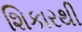
શિકારથી